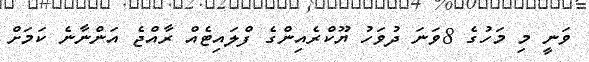
ވަނީ މި މަހުގެ 8ވަނަ ދުވަހު ޔޫކްރެއިންގެ ފްލައިޓެއް ރާއްޖެ އަންނާނެ ކަމަށް